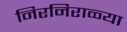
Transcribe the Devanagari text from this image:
निरनिराळ्या